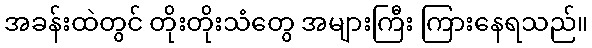
အခန်းထဲတွင် တိုးတိုးသံတွေ အများကြီး ကြားနေရသည်။